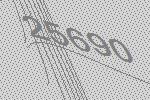
25690